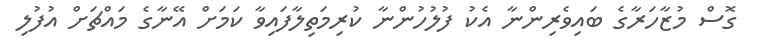
ގޮސް މުޒާހަރާގެ ބައިވެރިންނާ އެކު ފުލުހުންނާ ކުރިމަތިލާފައިވާ ކަމަށް އޭނާގެ މައްޗަށް އުފުލި